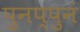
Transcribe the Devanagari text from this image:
पुनप्पुनं